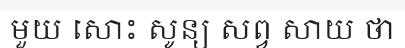
មួយ សោះ សូន្យ សព្វ សាយ ថា